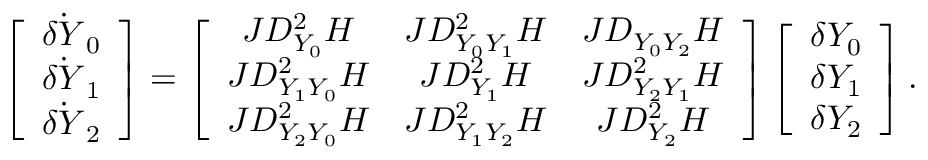
\left[ \begin{array} { c } { \dot { \delta Y } _ { 0 } } \\ { \dot { \delta Y } _ { 1 } } \\ { \dot { \delta Y } _ { 2 } } \end{array} \right] = \left[ \begin{array} { c c c } { J D _ { Y _ { 0 } } ^ { 2 } H } & { J D _ { Y _ { 0 } Y _ { 1 } } ^ { 2 } H } & { J D _ { Y _ { 0 } Y _ { 2 } } H } \\ { J D _ { Y _ { 1 } Y _ { 0 } } ^ { 2 } H } & { J D _ { Y _ { 1 } } ^ { 2 } H } & { J D _ { Y _ { 2 } Y _ { 1 } } ^ { 2 } H } \\ { J D _ { Y _ { 2 } Y _ { 0 } } ^ { 2 } H } & { J D _ { Y _ { 1 } Y _ { 2 } } ^ { 2 } H } & { J D _ { Y _ { 2 } } ^ { 2 } H } \end{array} \right] \left[ \begin{array} { c } { \delta Y _ { 0 } } \\ { \delta Y _ { 1 } } \\ { \delta Y _ { 2 } } \end{array} \right] .